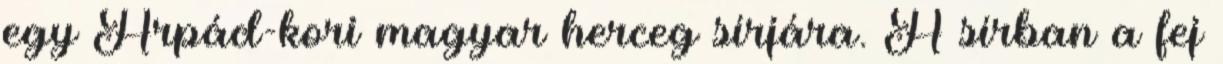
egy Árpád-kori magyar herceg sírjára. A sírban a fej